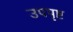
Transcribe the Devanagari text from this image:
उपपृष्ट